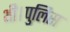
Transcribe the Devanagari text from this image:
थी।पुलिस